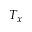
T _ { x }